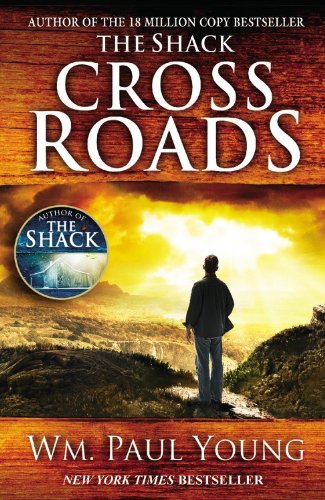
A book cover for Cross Roads; Wm. Paul Young; Mystery, Thriller & Suspense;